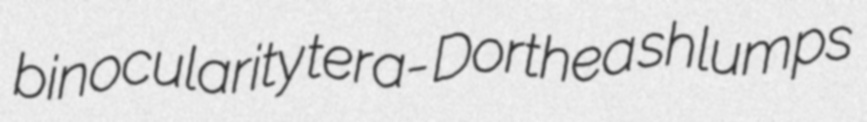
binocularity tera- Dorthea shlumps